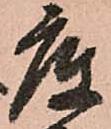
底